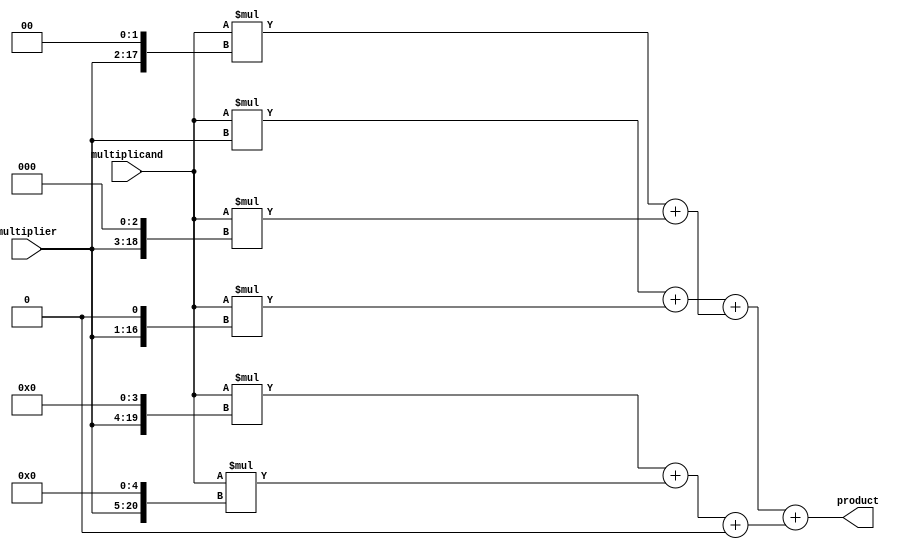
module WallaceTreeMultiplier (
    input [15:0] multiplicand,
    input [15:0] multiplier,
    output reg [31:0] product
);

// Declare signals for partial products
reg [31:0] pp1, pp2, pp3, pp4, pp5, pp6;

// Generate partial products
assign pp1 = multiplicand * multiplier;
assign pp2 = multiplicand * (multiplier << 1);
assign pp3 = multiplicand * (multiplier << 2);
assign pp4 = multiplicand * (multiplier << 3);
assign pp5 = multiplicand * (multiplier << 4);
assign pp6 = multiplicand * (multiplier << 5);

// Wallace tree compressors
reg [31:0] c1, c2, c3, c4;

assign c1 = pp1 + pp2;
assign c2 = pp3 + pp4;
assign c3 = pp5 + pp6;

// Carry save adders
reg [31:0] cs1, cs2;

assign cs1 = c1 + c2;
assign cs2 = c3 + 0; // No additional partial products

// Final adder stage
always @* begin
    product = cs1 + cs2;
end

endmodule